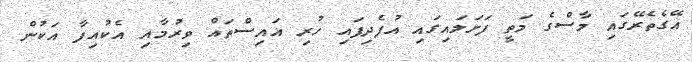
އޭގެތެރޭގައި މާސްގެ މަތީ ފަށަލައިގައި އުފެދިފައި ހުރި އައިސްތައް ވިރުމާއި އެކުއިފާ އަކުން